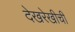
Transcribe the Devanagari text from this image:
देखरेखीची